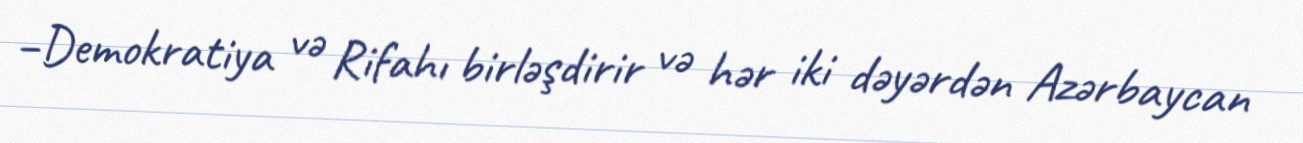
–Demokratiya və Rifahı birləşdirir və hər iki dəyərdən Azərbaycan